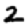
Digit: 2